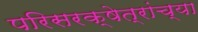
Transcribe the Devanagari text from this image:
परिसरक्षेत्रांच्या